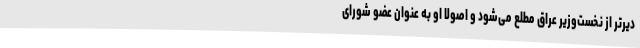
دیرتر از نخست‌وزیر عراق مطلع می‌شود و اصولا او به عنوان عضو شورای